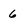
Character: 6